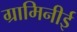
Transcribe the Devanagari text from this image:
ग्रामिनीई